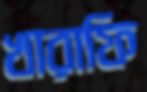
খারাফি